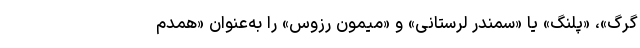
گرگ»، «پلنگ» یا «سمندر لرستانی» و «میمون رزوس» را به‌عنوان «همدم